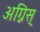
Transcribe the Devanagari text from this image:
अग्निस्